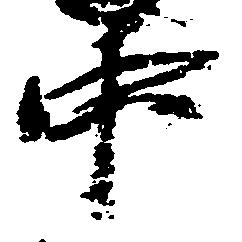
中